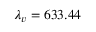
\lambda _ { v } = 6 3 3 . 4 4